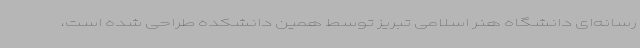
رسانه‌ای دانشگاه هنر اسلامی تبریز توسط همین دانشکده طراحی شده است،